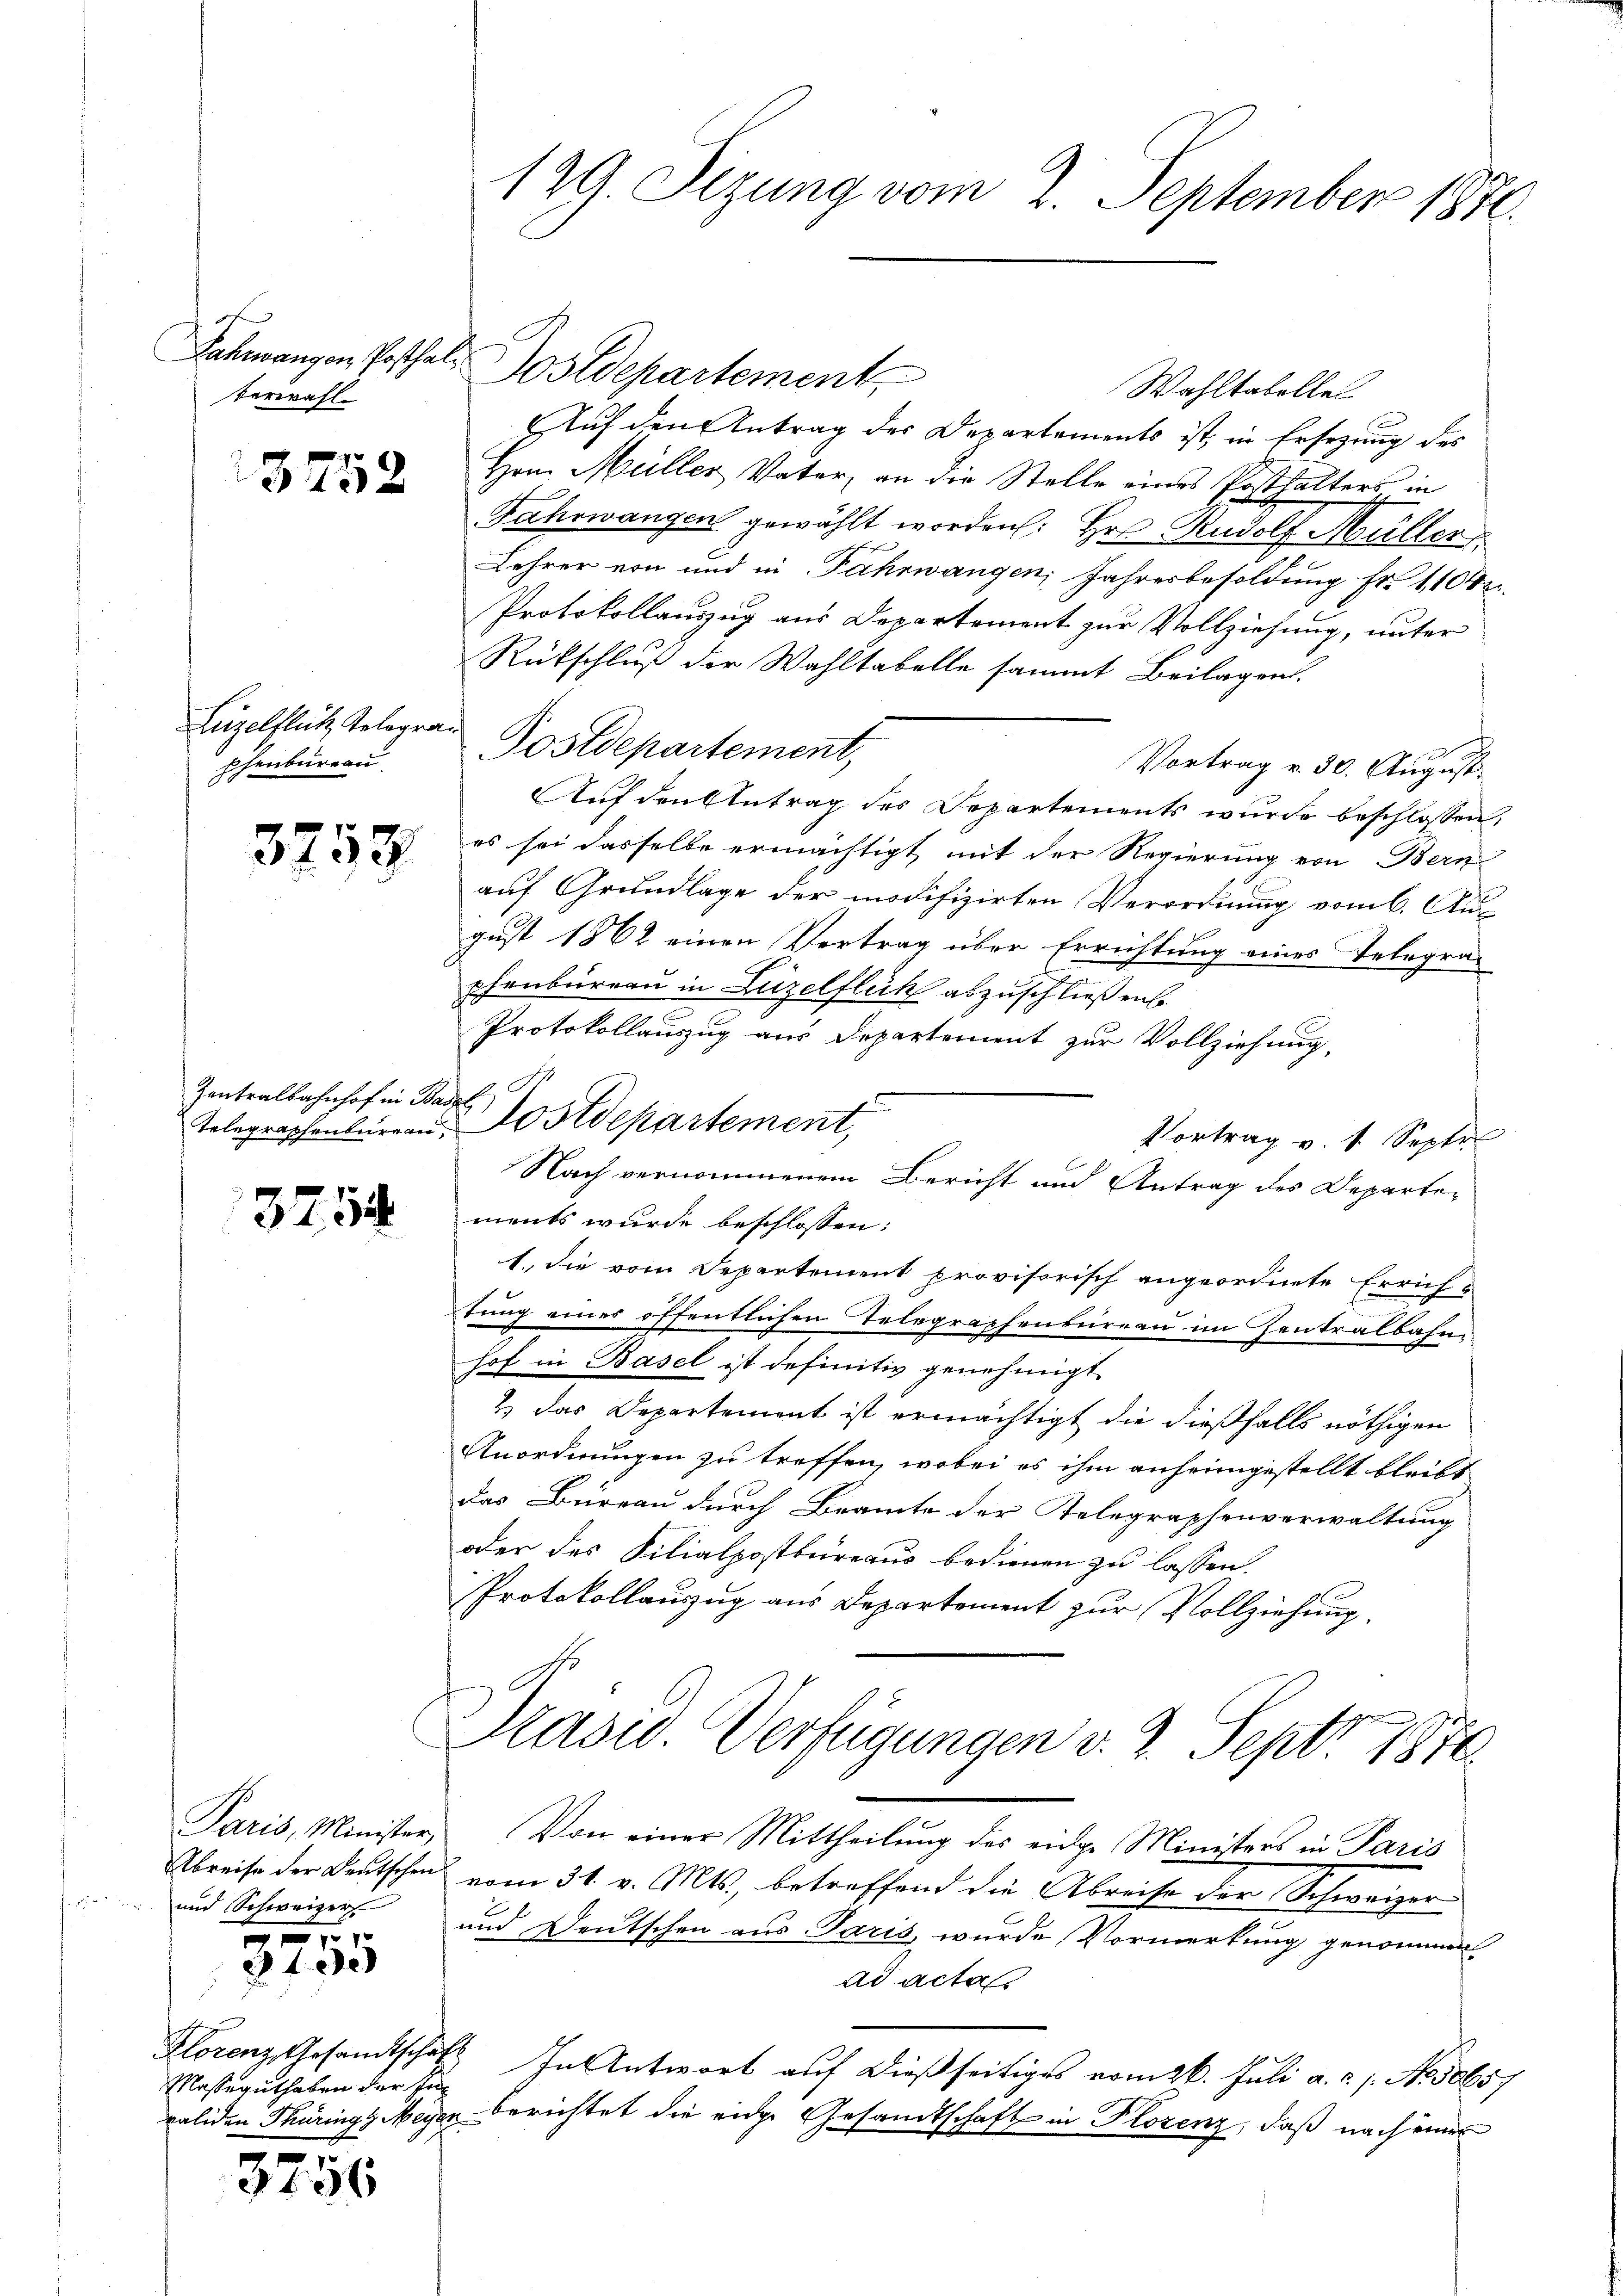
x
Verwahl

3752

Leigelflich Telegraphenbureau

3753

Zentralbahnhof in Basel

3754

und Schweizer

57
3400

Masseguthaben der Ei

3756

Sahnangen Posthale ostdepartement,
Wahltabelle
Auf den Antrag des Departements ist, in Ersezung des
Hon. Müller Vater, an die Stelle eines Posthalters in
Fahrwangen gewählt worden: Hr. Rudolf Müller
Lehrer von und in Fahrwangen, Jahresbesoldung Fr. 1104
Protokollauszug aus Departement zur Vollziehung, unter
Rückschluß der Wahltabelle sammt Beilagen.
Postdepartement,
Vortrag v. 30. August.
Auf den Antrag des Departements wurde beschlossen,
es sei dasselbe ermächtigt mit der Regierung von Bern
auf Grundlage der modifizirten Verordnung vom 6. Au
gust 1862 einen Vertrag über Errichtung eines Telegra-
phenbureau in Luzelflick abzuschließene
Protokollauszug aus Departement zur Vollziehung,
Vortrag v. 1. Septe
ments wurde beschlossen:
1. die vom Departement provisorisch angeordnete Errichtung eines öffentlichen Telegraphenbureau im Zentralbahn
hof in Basel ist definitiv genehmigt.
& das Departement ist ermächtigt die dießfalls nöthigen
Anordnungen zu treffen, wobei es ihm anheimgestellt bleibt
das Büreau durch Beamte der Telegraphenverwaltung
oder des Filialpostbureaus bedienen zu lassen.
Protokollauszug aus Departement zur Vollziehung.
Pasid. Verfügungen v. 2. Sept. 1874
Paris, Minister, Von einer Mittheilung des eidge Ministers in Paris
Abreise der Deutschen vom 31. v. Mts., betreffend die Abreise der Schweizer
E
und Deutschen aus Paris, wurde Vormerkung genommen
ad acta
Florenz Gesandtschaft In Antwort auf dießseitiges vom 26. Juli a.c. s. No 1065;
validen Thürings Meyer berichtet die eige Gesandtschaft in Plorenz, daß nach einer

129. Sezung vom 2. September 1870.

.
Telegraphenbüreau, Postdepartement,
Nach vernommenem Bericht und Antrag des Departe¬